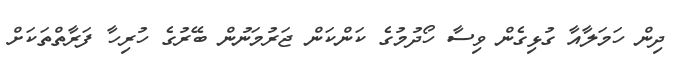
ދިން ހަމަލާއާ ގުޅިގެން ވިސާ ހޯދުމުގެ ކަންކަން ޖަރުމަނުން ބޭރުގެ ހުރިހާ ފަރާތްތަކަށް